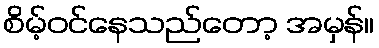
စိမ့်ဝင်နေသည်တော့ အမှန်။